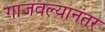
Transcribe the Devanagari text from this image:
गाजवल्यानंतर